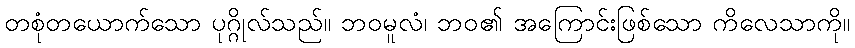
တစုံတယောက်သော ပုဂ္ဂိုလ်သည်။ ဘဝမူလံ၊ ဘဝ၏ အကြောင်းဖြစ်သော ကိလေသာကို။